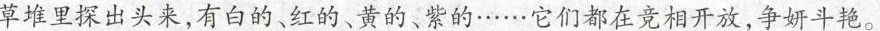
草堆里探出头来，有白的、红的、黄的、紫的……它们都在竞相开放，争妍斗艳。